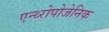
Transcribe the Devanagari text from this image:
एन्थ्‍रोपोजेनिक